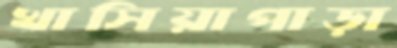
খাসিয়াপাড়া